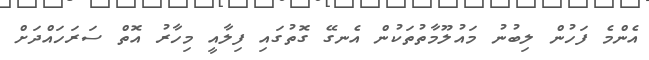
އެންމެ ފަހުން ލިބުނު މައުލޫމާތުތަކުން އެނގޭ ގޮތުގައި ފިލާއީ މިހާރު އޮތް ސަރަހައްދަށް